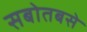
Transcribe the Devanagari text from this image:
सबोतबसे